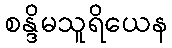
စန္ဒိမသူရိယေန